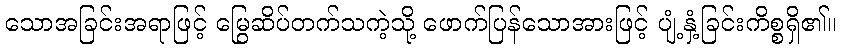
သောအခြင်းအရာဖြင့် မြွေဆိပ်တက်သကဲ့သို့ ဖောက်ပြန်သောအားဖြင့် ပျံ့နှံ့ခြင်းကိစ္စရှိ၏။